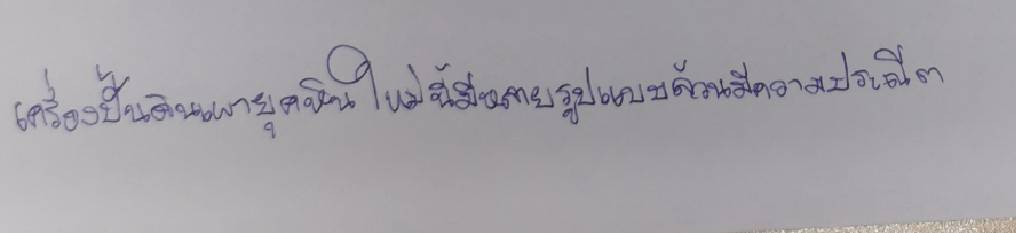
เครื่องปั้นดินเผายุคหินใหม่นี้มีหลายรูปแบบล้วนมีความประณีต